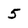
Character: 5